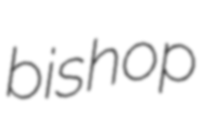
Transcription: bishop